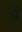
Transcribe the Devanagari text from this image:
प्रें